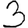
Digit: 3